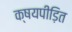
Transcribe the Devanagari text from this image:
क्षयपीड़ित